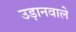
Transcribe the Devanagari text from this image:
उड़ानवाले